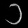
Digit: ၁